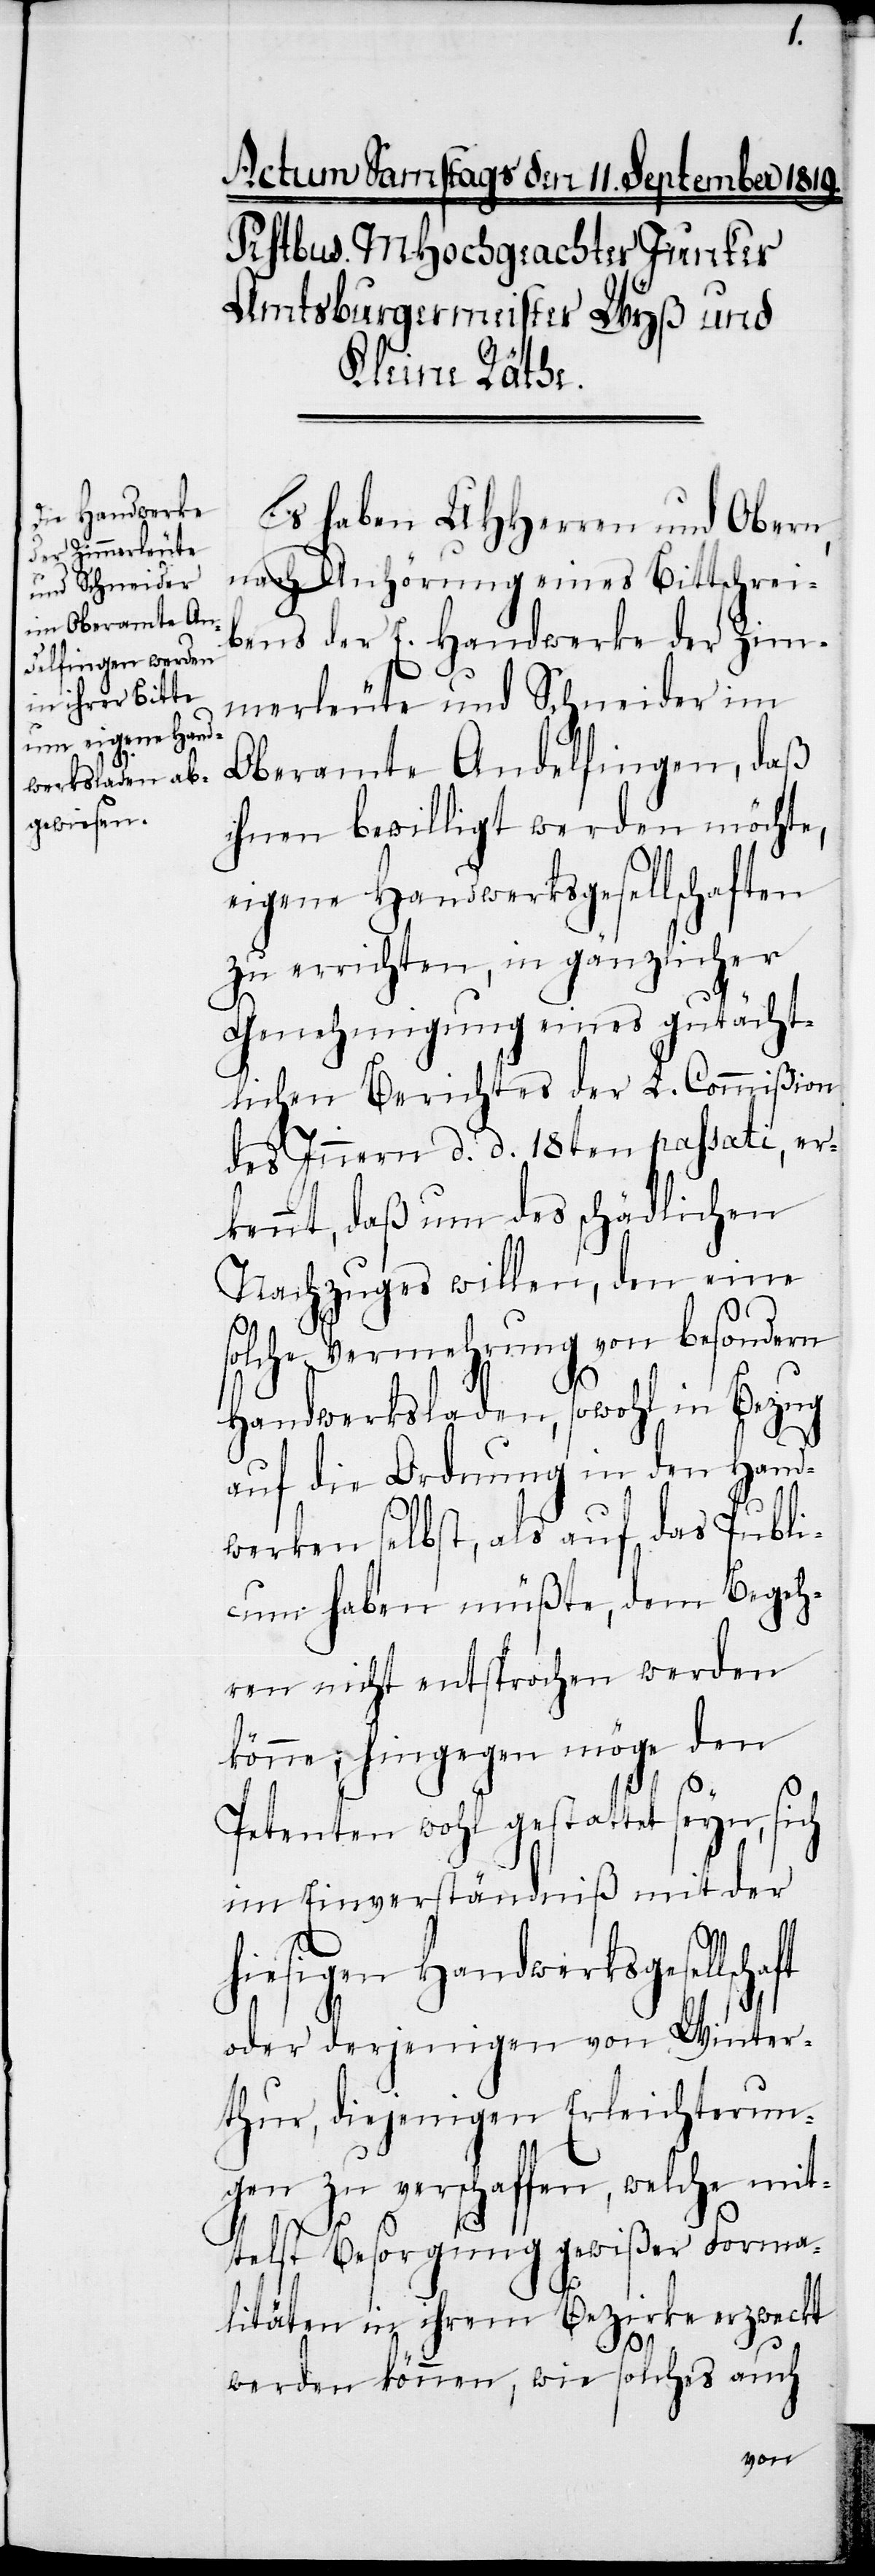
Es haben UHHerren und Obern,
nach Anhörung eines Bittschrei¬
bens der E. Handwerke der Zim¬
merleute und Schneider im
Oberamte Andelfingen, daß
ihnen bewilligt werden möchte,
eigene Handwerksgesellschaften
zu errichten, in gänzlicher
Genehmigung eines gutächt¬
lichen Berichtes der L. Commißion
des Innern. d. d. 18ten passati, er¬
kennt, daß um des schädlichen
Nachzuges willen, den eine
solche Vermehrung von besondern
Handwerksladen, sowohl in Bezug
auf die Ordnung in den Hand¬
werken selbst, als auf das Publi¬
cum haben müßte, dem Begeh¬
ren nicht entsprochen werden
könne, hingegen möge den
Petenten wohl gestattet seyn, sich
im Einverständniß mit der
hiesigen Handwerksgesellschaft
oder derjenigen von Winter¬
thur, diejenigen Erleichterun¬
gen zu verschaffen, welche mit¬
telst Besorgung gewißer Forma¬
litäten in ihrem Bezirke erzweckt
werden können, wie solches auch